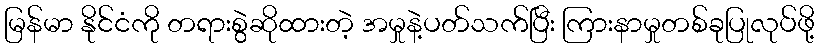
မြန်မာ နိုင်ငံကို တရားစွဲဆိုထားတဲ့ အမှုနဲ့ပတ်သက်ပြီး ကြားနာမှုတစ်ခုပြုလုပ်ဖို့